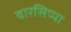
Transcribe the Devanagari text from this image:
वारसिप्पा